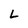
Character: L